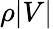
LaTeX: \rho|V|